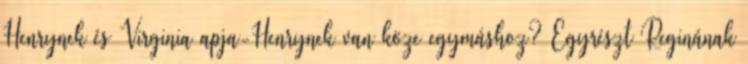
Henrynek és Virginia apja-Henrynek van köze egymáshoz? Egyrészt Reginának